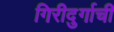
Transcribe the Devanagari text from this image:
गिरीदुर्गाची